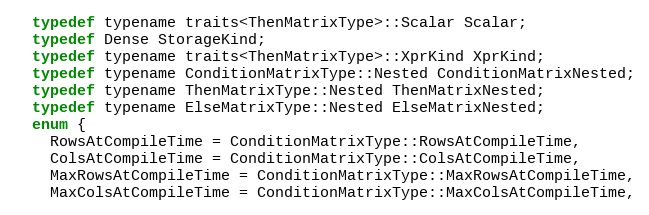
Language: C
  typedef typename traits<ThenMatrixType>::Scalar Scalar;
  typedef Dense StorageKind;
  typedef typename traits<ThenMatrixType>::XprKind XprKind;
  typedef typename ConditionMatrixType::Nested ConditionMatrixNested;
  typedef typename ThenMatrixType::Nested ThenMatrixNested;
  typedef typename ElseMatrixType::Nested ElseMatrixNested;
  enum {
    RowsAtCompileTime = ConditionMatrixType::RowsAtCompileTime,
    ColsAtCompileTime = ConditionMatrixType::ColsAtCompileTime,
    MaxRowsAtCompileTime = ConditionMatrixType::MaxRowsAtCompileTime,
    MaxColsAtCompileTime = ConditionMatrixType::MaxColsAtCompileTime,